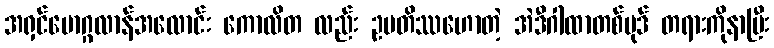
အရှင်မောဂ္ဂလာန်အလောင်း ကောလိတ လည်း ဥပတိဿဟောတဲ့ အဲဒီဂါထာတစ်ပုဒ် တရားကိုနာပြီး